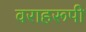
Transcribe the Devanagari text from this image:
वराहरूपी